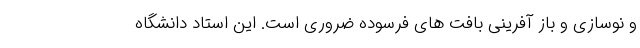
و نوسازی و باز آفرینی بافت های فرسوده ضروری است. این استاد دانشگاه